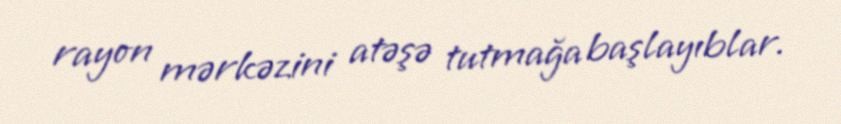
rayon mərkəzini atəşə tutmağa başlayıblar.